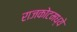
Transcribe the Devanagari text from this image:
राजकोटमध्ये